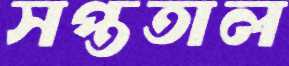
সপ্ততাল